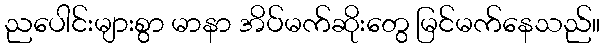
ညပေါင်းများစွာ မာနာ အိပ်မက်ဆိုးတွေ မြင်မက်နေသည်။